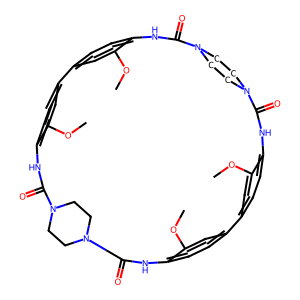
SMILES: COc1cc2ccc1NC(=O)N1CCN(CC1)C(=O)Nc1ccc(cc1OC)-c1ccc(c(OC)c1)NC(=O)N1CCN(CC1)C(=O)Nc1ccc-2cc1OC
Inhibits HIV replication: No